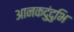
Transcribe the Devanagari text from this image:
आनकदुंदुभि